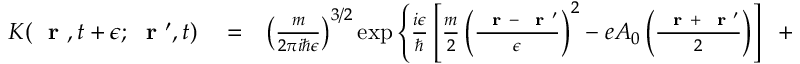
\begin{array} { r l r } { K ( \mathrm { ~ \bf ~ r ~ } , t + \epsilon ; \mathrm { ~ \bf ~ r ~ } ^ { \prime } , t ) } & { { } = } & { \left( \frac { m } { 2 \pi i \hbar \epsilon } \right) ^ { 3 / 2 } \exp \left\{ \frac { i \epsilon } { \hbar } \left[ \frac { m } { 2 } \left( \frac { \mathrm { ~ \bf ~ r ~ } - \mathrm { ~ \bf ~ r ~ } ^ { \prime } } { \epsilon } \right) ^ { 2 } - e A _ { 0 } \left( \frac { \mathrm { ~ \bf ~ r ~ } + \mathrm { ~ \bf ~ r ~ } ^ { \prime } } { 2 } \right) \right] \; \; + \right. } \end{array}